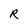
Character: R